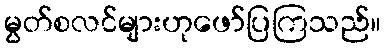
မွတ်စလင်များဟုဖော်ပြကြသည်။